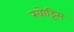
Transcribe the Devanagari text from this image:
खोट्टिम